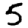
Digit: 5